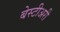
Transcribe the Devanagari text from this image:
बेस्टीअरी